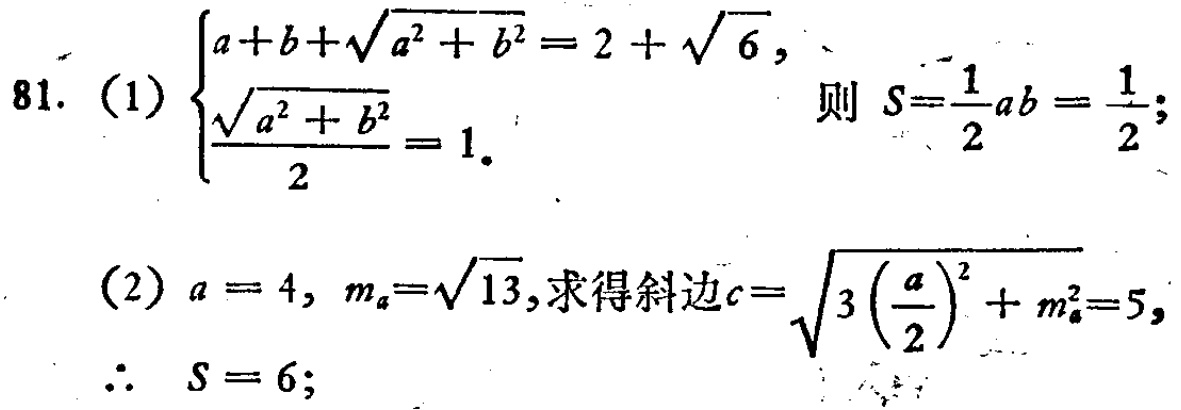
81. (1) $\begin{cases}a + b+\sqrt{a^{2}+b^{2}}=2+\sqrt{6},\\\frac{\sqrt{a^{2}+b^{2}}}{2}=1.\end{cases}$ 则 $S = \frac{1}{2}ab=\frac{1}{2}$;

(2) $a = 4$, $m_{a}=\sqrt{13}$, 求得斜边 $c=\sqrt{3(\frac{a}{2})^{2}+m_{a}^{2}} = 5$, $\therefore S = 6$;